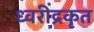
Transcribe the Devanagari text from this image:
ध्वरींद्रकृत